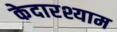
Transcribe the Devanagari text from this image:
केदारश्याम